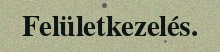
Felületkezelés.